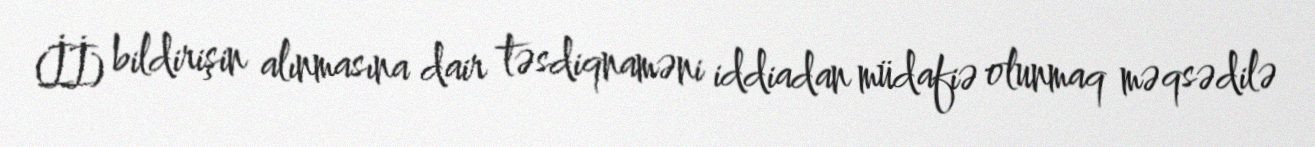
(İİ) bildirişin alınmasına dair təsdiqnaməni iddiadan müdafiə olunmaq məqsədilə